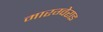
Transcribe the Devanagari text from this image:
मारग्वेराइ